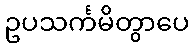
ဥပသင်္ကမိတွာပေ